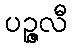
ပဉ္ဇလီ